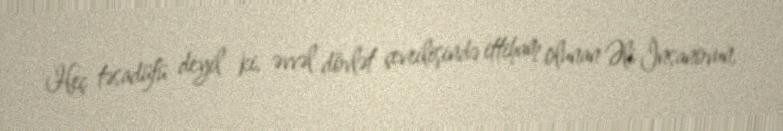
Heç təsadüfü deyil ki, əvvəl dövlət çevrilişində ittiham olunan Əli İnsanovun,